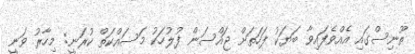
ތޫނިސްގައި އެއްވެފައިވާ ބަޔަކު ފަހަތަށް ޖައްސަން ފުލުހަކު މަސައްކަތް ކުރަނީ: މިހާރު ވަނީ